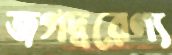
জগদ্বরেণ্য